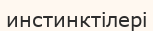
инстинктілері